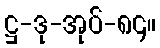
ဋ္ဌ-ဒု-အုပ်-၈၄။